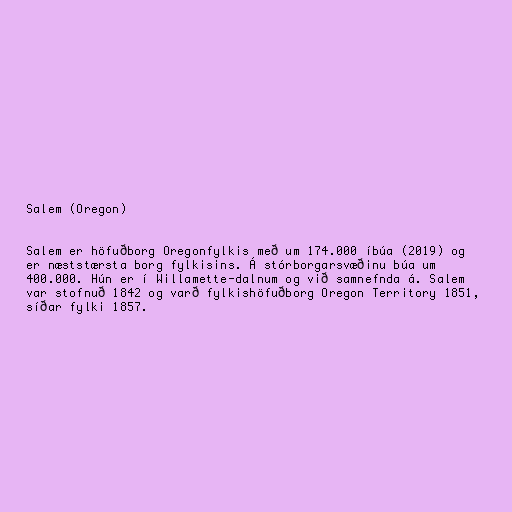
Salem (Oregon)

Salem er höfuðborg Oregonfylkis með um 174.000 íbúa (2019) og
er næststærsta borg fylkisins. Á stórborgarsvæðinu búa um
400.000. Hún er í Willamette-dalnum og við samnefnda á. Salem
var stofnuð 1842 og varð fylkishöfuðborg Oregon Territory 1851,
síðar fylki 1857.